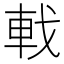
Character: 𫏳